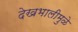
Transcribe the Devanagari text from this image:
देखभालीमुळे